system: You are a helpful assistant.
user:
Analyze the provided spectrum to determine if it is a **"Cataclysmic Variables (CV)"**.

- **Key Indicators for CV (Check for either state):**
    - **State 1: Quiescent / Low-State (Emission-Dominated)**
        - **(Primary):** Strong and *very broad* Hydrogen Balmer emission lines (e.g., $H\alpha$ at 6563 Å, $H\beta$ at 4861 Å). The 'broadness' (high velocity dispersion, often FWHM > 1000 km/s) is the key diagnostic, indicating a high-velocity accretion disk.
        - **(Secondary):** Broad neutral Helium (He I) emission lines (e.g., 5876 Å, 6678 Å).
        - **(Key Confirmation):** Presence of high-excitation *ionized* Helium (He II) emission at 4686 Å. This is a strong indicator of accretion onto a white dwarf.
        - **(Line Profile):** Emission lines may exhibit a 'double-peaked' profile, which is a classic signature of a rotating accretion disk viewed at high inclination.

    - **State 2: Outburst / High-State (Absorption-Dominated)**
        - **(Primary):** Spectrum is dominated by a bright, blue continuum (looks like a hot star).
        - **(Secondary):** The emission lines from State 1 are weak, absent, or 'filled in', and are replaced by broad, shallow *absorption* lines (primarily Balmer and He I).
        - **(Morphology):** The overall spectrum mimics a hot B/A-type star. The crucial difference is that the absorption lines are significantly broader, shallower, and more 'washed-out' (or 'smeared') than the sharp lines of a normal stellar photosphere, due to high rotational speeds and pressure broadening in the disk.

Think first, call **spectral_visualization_tool** if needed to examine features in detail, then provide your final answer. Your response must adhere to the following strict rules:
1.  **Overall Structure:** Your response must follow the format `<think>...</think> <tool_call>...</tool_call> (if a tool is used) <answer>...</answer>`.
2.  **Tool Usage Constraint:** You may only make **one** tool call per turn.
3.  **Final Answer Format:** In the `<answer>` tag, your conclusion must be inside a `\boxed{}` command (e.g., `\boxed{YES}`), followed by your justification.

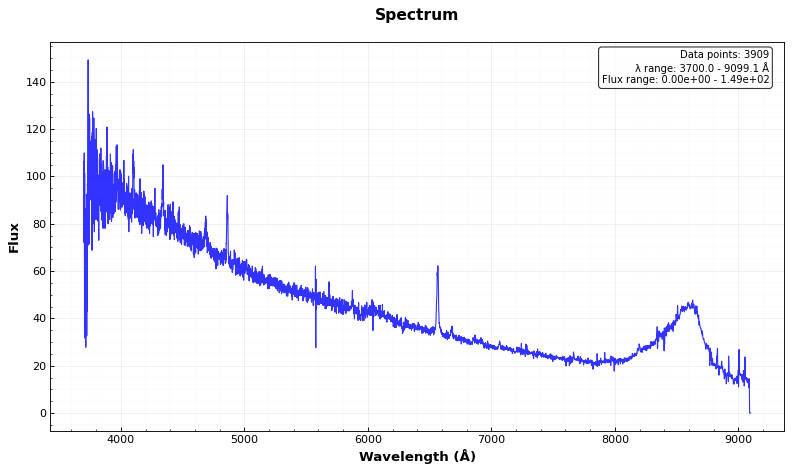
Answer: YES